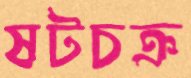
ষটচক্র